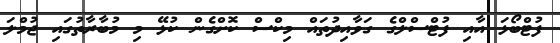
ފުޓްބޯޅަ އާއި ފުޓްސްލްގެ ގަވާއިދުތައް މިކްސް ކޮށްގެން ކުޅޭ މި މުބާރާތުގައި ޖުމްލަ